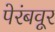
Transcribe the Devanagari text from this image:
पेरंबवूर